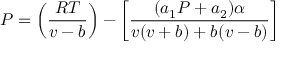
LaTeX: P = \left( { \frac { R T } { v - b } } \right) - \left[ { \frac { ( a _ { 1 } P + a _ { 2 } ) \alpha } { v ( v + b ) + b ( v - b ) } } \right]